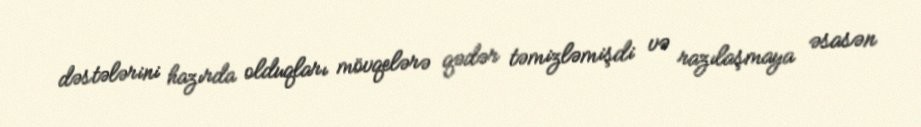
dəstələrini hazırda olduqları mövqelərə qədər təmizləmişdi və razılaşmaya əsasən